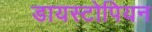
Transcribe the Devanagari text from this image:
डायस्टोपियन